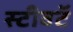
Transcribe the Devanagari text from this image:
स्टीवटॅ